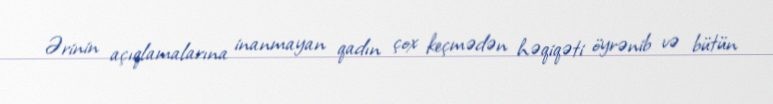
Ərinin açıqlamalarına inanmayan qadın çox keçmədən həqiqəti öyrənib və bütün